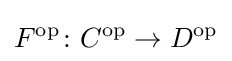
F^{\mathrm {op} }\colon C^{\mathrm {op} }\to D^{\mathrm {op} }